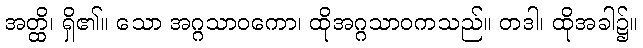
အတ္ထိ၊ ရှိ၏။ သော အဂ္ဂသာဝကော၊ ထိုအဂ္ဂသာဝကသည်။ တဒါ၊ ထိုအခါ၌။